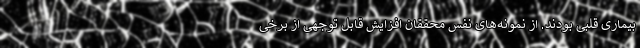
بیماری قلبی بودند. از نمونه‌های نفس محققان افزایش قابل توجهی از برخی